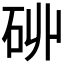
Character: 𮀑